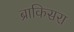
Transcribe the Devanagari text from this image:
ब्राकिसरा